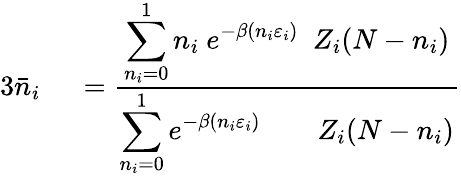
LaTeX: \begin{array}{rl}{{3}{\bar{n}}_{i}\ }&{{}={\frac{\displaystyle\sum_{n_{i}=0}^{1}n_{i}\ e^{-\beta(n_{i}\varepsilon_{i})}\ \ Z_{i}(N-n_{i})}{\displaystyle\sum_{n_{i}=0}^{1}e^{-\beta(n_{i}\varepsilon_{i})}\qquad Z_{i}(N-n_{i})}}}\end{array}